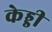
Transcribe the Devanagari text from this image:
केड्डी